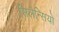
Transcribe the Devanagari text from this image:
सिलेन्सियो